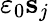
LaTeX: \varepsilon_{0}\mathbf{s}_{j}